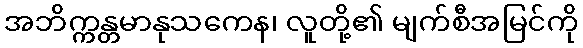
အဘိက္ကန္တမာနုသကေန၊ လူတို့၏ မျက်စီအမြင်ကို